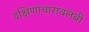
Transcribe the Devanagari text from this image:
दक्षिणाचारावलंबी